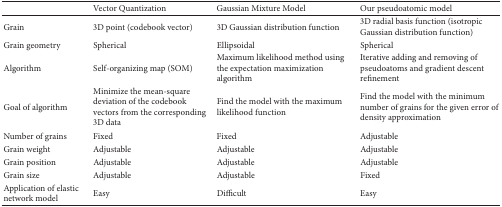
<table><thead><tr><td><b> </b></td><td><b>Vector Quantization</b></td><td><b>Gaussian Mixture Model</b></td><td><b>Our pseudoatomic model</b></td></tr></thead><tbody><tr><td>Grain</td><td>3D point (codebook vector)</td><td>3D Gaussian distribution function</td><td>3D radial basis function (isotropic Gaussian distribution function)</td></tr><tr><td>Grain geometry</td><td>Spherical</td><td>Ellipsoidal</td><td>Spherical</td></tr><tr><td>Algorithm</td><td>Self-organizing map (SOM)</td><td>Maximum likelihood method using the expectation maximization algorithm</td><td>Iterative adding and removing of pseudoatoms and gradient descent refinement</td></tr><tr><td>Goal of algorithm</td><td>Minimize the mean-square deviation of the codebook vectors from the corresponding 3D data</td><td>Find the model with the maximum likelihood function</td><td>Find the model with the minimum number of grains for the given error of density approximation</td></tr><tr><td>Number of grains</td><td>Fixed</td><td>Fixed</td><td>Adjustable</td></tr><tr><td>Grain weight</td><td>Adjustable</td><td>Adjustable</td><td>Adjustable</td></tr><tr><td>Grain position</td><td>Adjustable</td><td>Adjustable</td><td>Adjustable</td></tr><tr><td>Grain size</td><td>Adjustable</td><td>Adjustable</td><td>Fixed</td></tr><tr><td>Application of elastic network model</td><td>Easy</td><td>Difficult</td><td>Easy</td></tr></tbody></table>